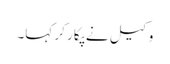
وکیل نے پکار کر کہا۔